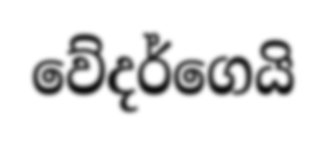
වේදර්ගෙයි